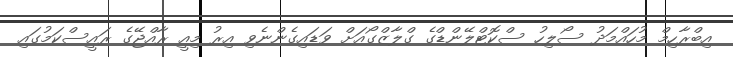
އިބްރާހިމް މުހައްމަދު ސޯލިހު ސްކޮޓްލޭންޑްގެ ގްލާޒްގޯއަށް ވަޑައިގެންނެވި އިރު މިއީ ރާއްޖޭގެ ރައީސްކަމުގައި